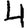
Digit: 4